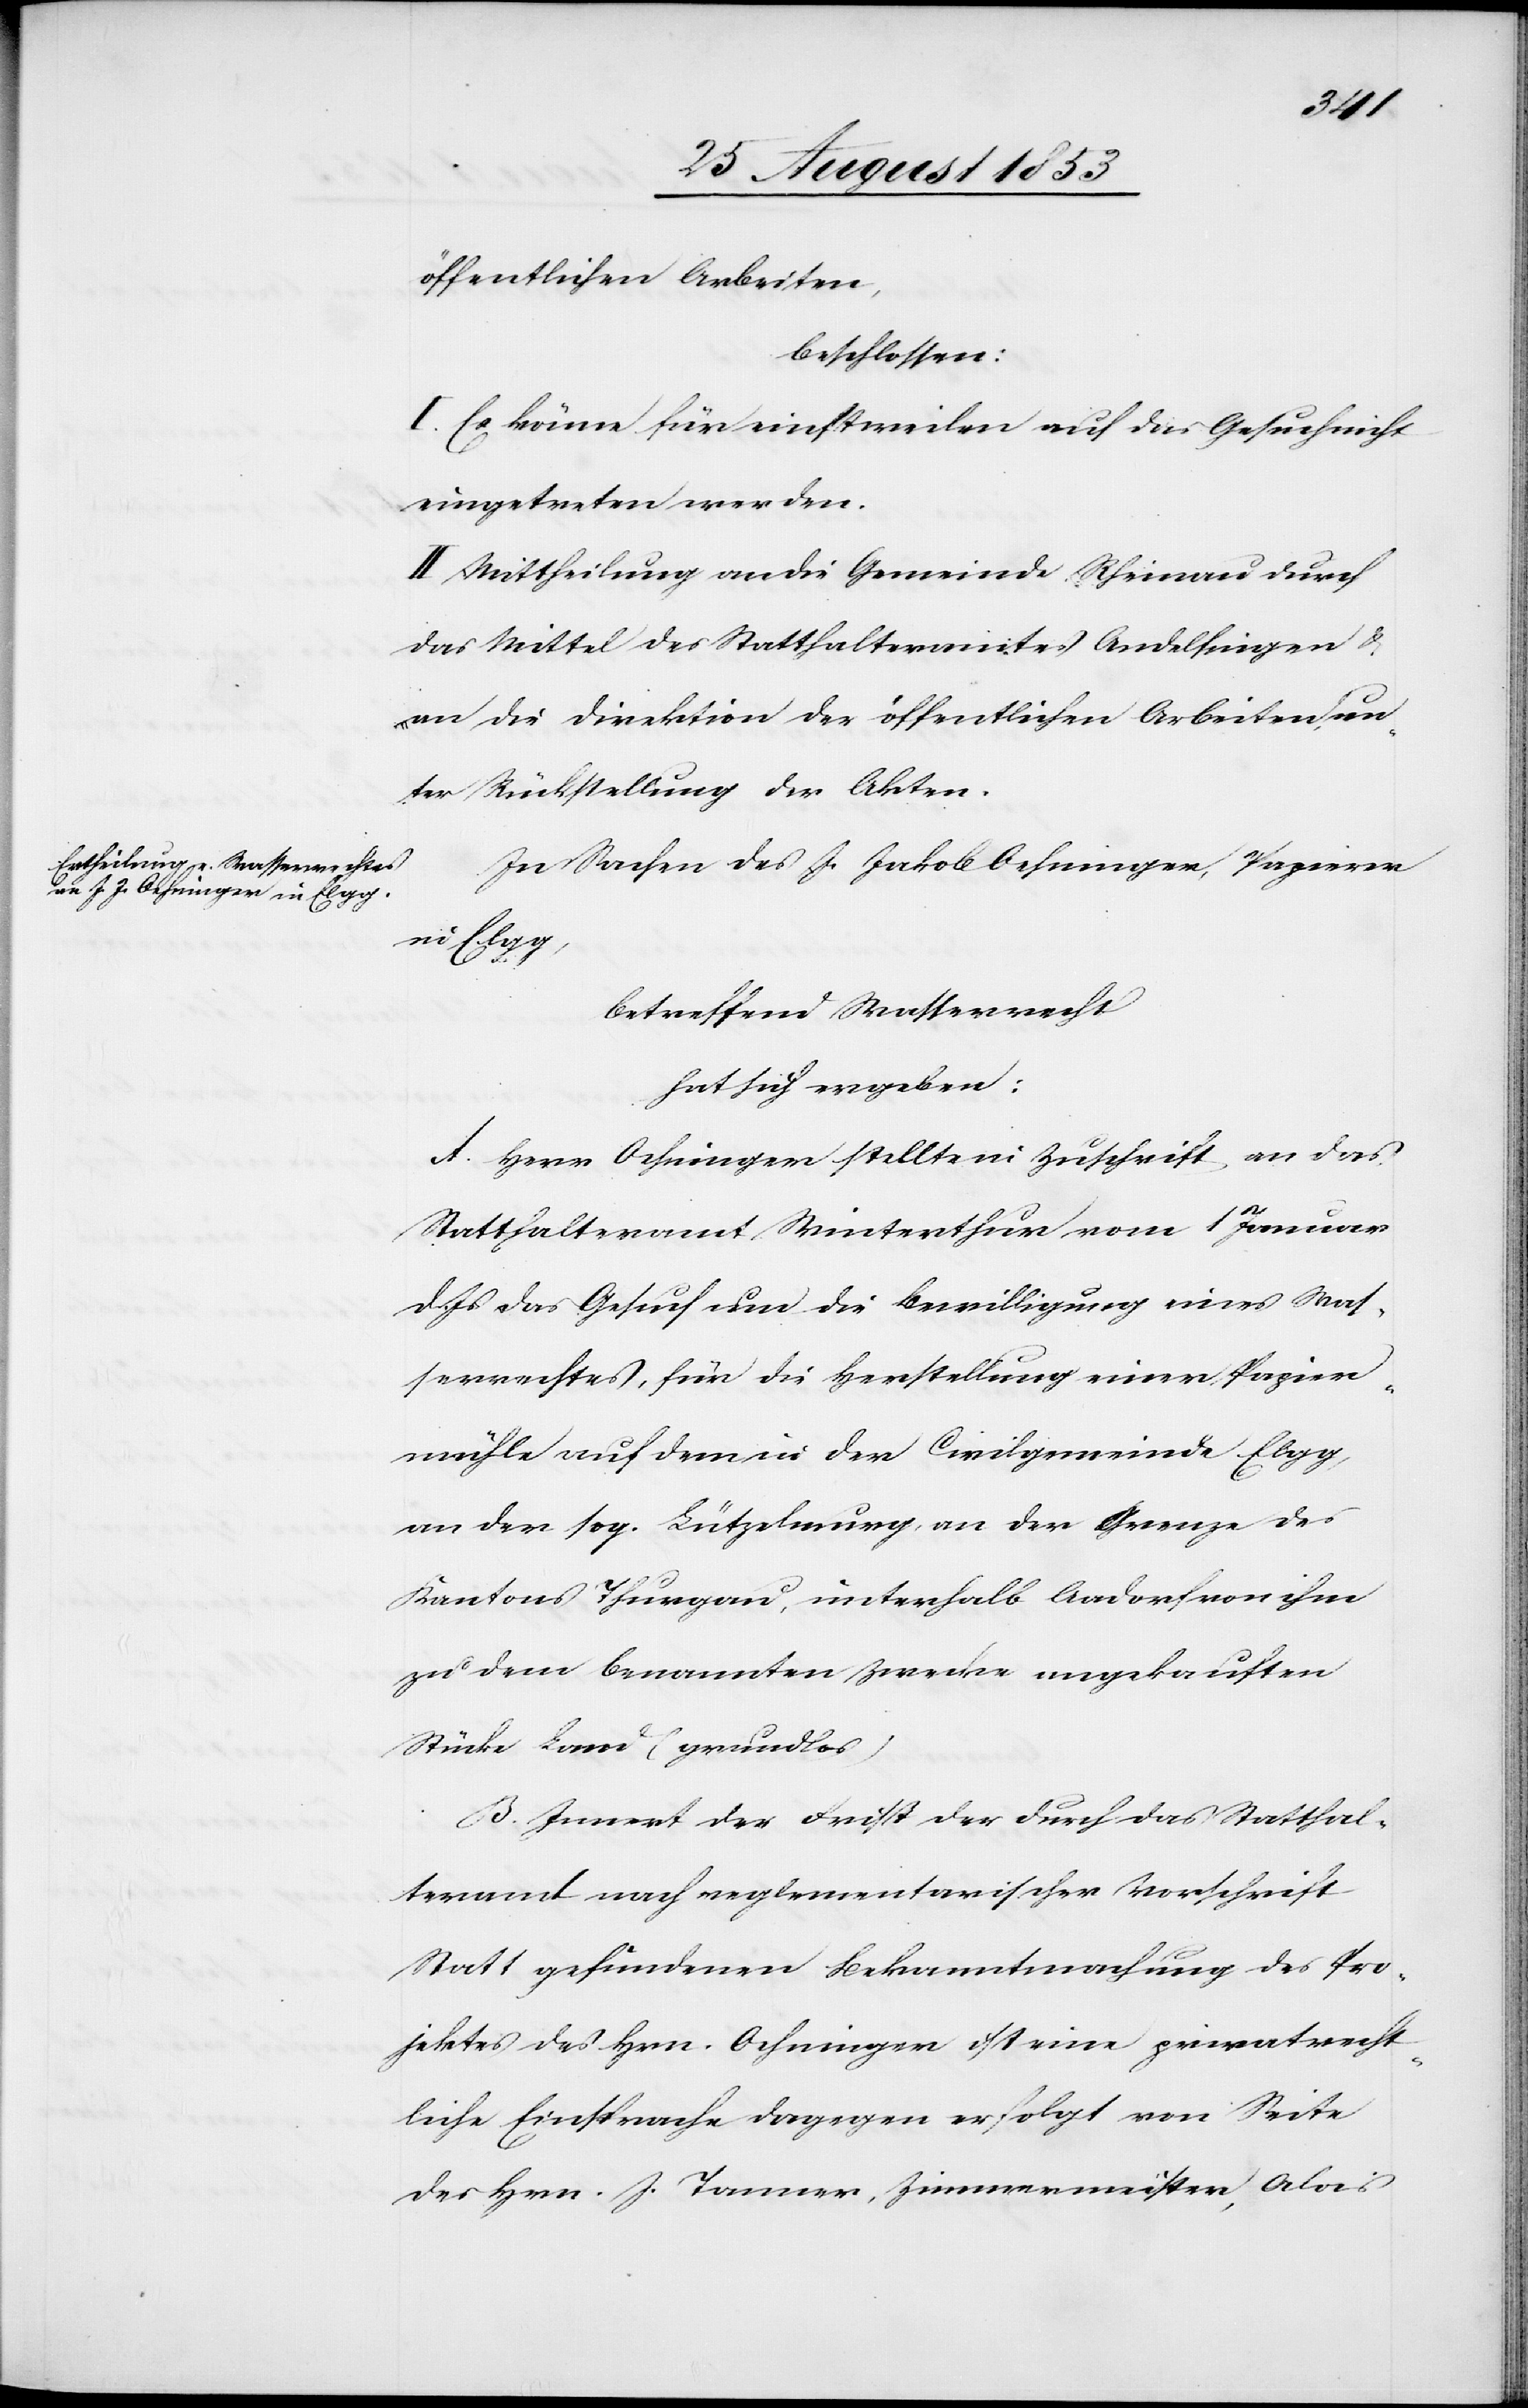
öffentlichen Arbeiten,
beschlossen:
I. Es könne für einstweilen auf das Gesuch nicht
eingetreten werden.
II. Mittheilung an die Gemeinde Rheinau durch
das Mittel des Statthalteramtes Andelfingen u.
an die Direktion der öffentlichen Arbeiten un¬
ter Rückstellung der Akten.
In Sachen des J. Jakob Oehninger, Papirer
in Elgg,
betreffend Wasserrecht
hat sich ergeben:
A. Herr Oehninger stellte in Zuschrift, an das
Statthalteramt Winterthur vom 1 Januar
d. Js. das Gesuch um die Bewilligung eines Was¬
serrechtes, für die Herstellung einer Papier¬
mühle auf dem in der Civilgemeinde Elgg,
an der sog. Lützelmurg an der Grenze des
Kantons Thurgau, unterhalb Aadorf von ihm
zu dem benannten Zwecke angebrachten
Stücke Land. (grundlos)
B. Innert der Frist der durch das Statthal¬
teramt nach reglementarischer Vorschrift
Statt gefundenen Bekanntmachung des Pro¬
jektes des Hrn. Oehninger ist eine privatrecht¬
liche Einsprache dagegen erfolgt von Seite
des Hrn. J. Tanner, Zimmermeister, Alois